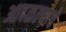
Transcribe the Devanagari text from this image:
आदळल्याचे